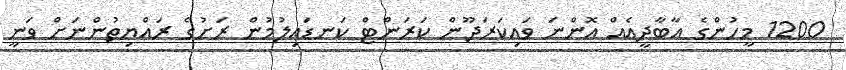
1200 މީހުންގެ އާބާދީއެއް އޮންނަ ވައިކަރަދޫން ކަރަންޓް ކަނޑައިލުމުން ރަށުގެ ރައްޔިތުންނަށް ވަނީ